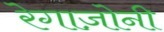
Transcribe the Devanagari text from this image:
रेगाज़ोनी